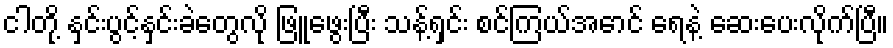
ငါတို့ နှင်းပွင့်နှင်းခဲတွေလို ဖြူဖွေးပြီး သန့်ရှင်း စင်ကြယ်အောင် ရေနဲ့ ဆေးပေးလိုက်ပြီ။